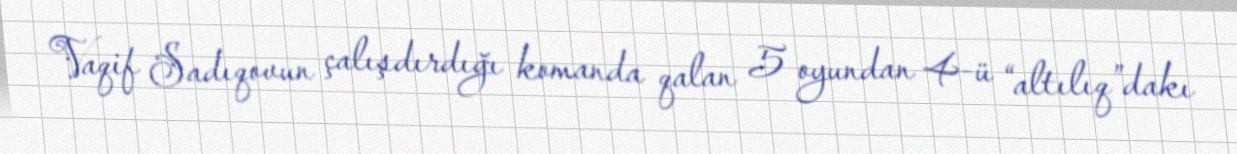
Vaqif Sadıqovun çalışdırdığı komanda qalan 5 oyundan 4-ü “altılıq”dakı